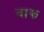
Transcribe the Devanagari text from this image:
बारु